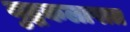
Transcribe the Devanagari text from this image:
युद्धकलापात